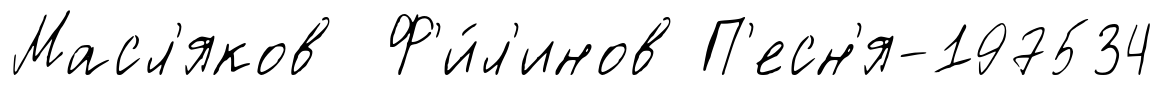
Масл'яков Ф'и́л'инов П'есн'я-197534